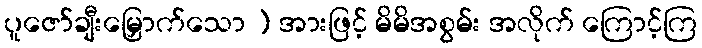
ပူဇော်ချီးမြှောက်သော ) အားဖြင့် မိမိအစွမ်း အလိုက် ကြောင့်ကြ